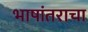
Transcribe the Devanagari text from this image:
भाषांतराचा